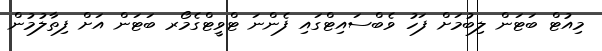
މިއުޓް ބަޓަން ލިބުމަށް ފަހު ވެބްސައިޓްގައި ފެންނަ ޓްވީޓްގެމޯރ ބަޓަން އަށް ފިތާލުމުން